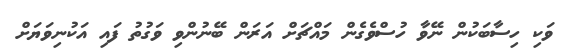
ވަކި ހިސާބަކުން ނޭވާ ހުސްވެގެން މައްޗަށް އަރަން ބޭނުންވި ވަގުތު ފައި އަކުނިވަޔަށް